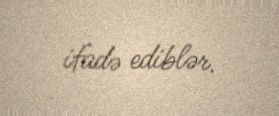
ifadə ediblər.